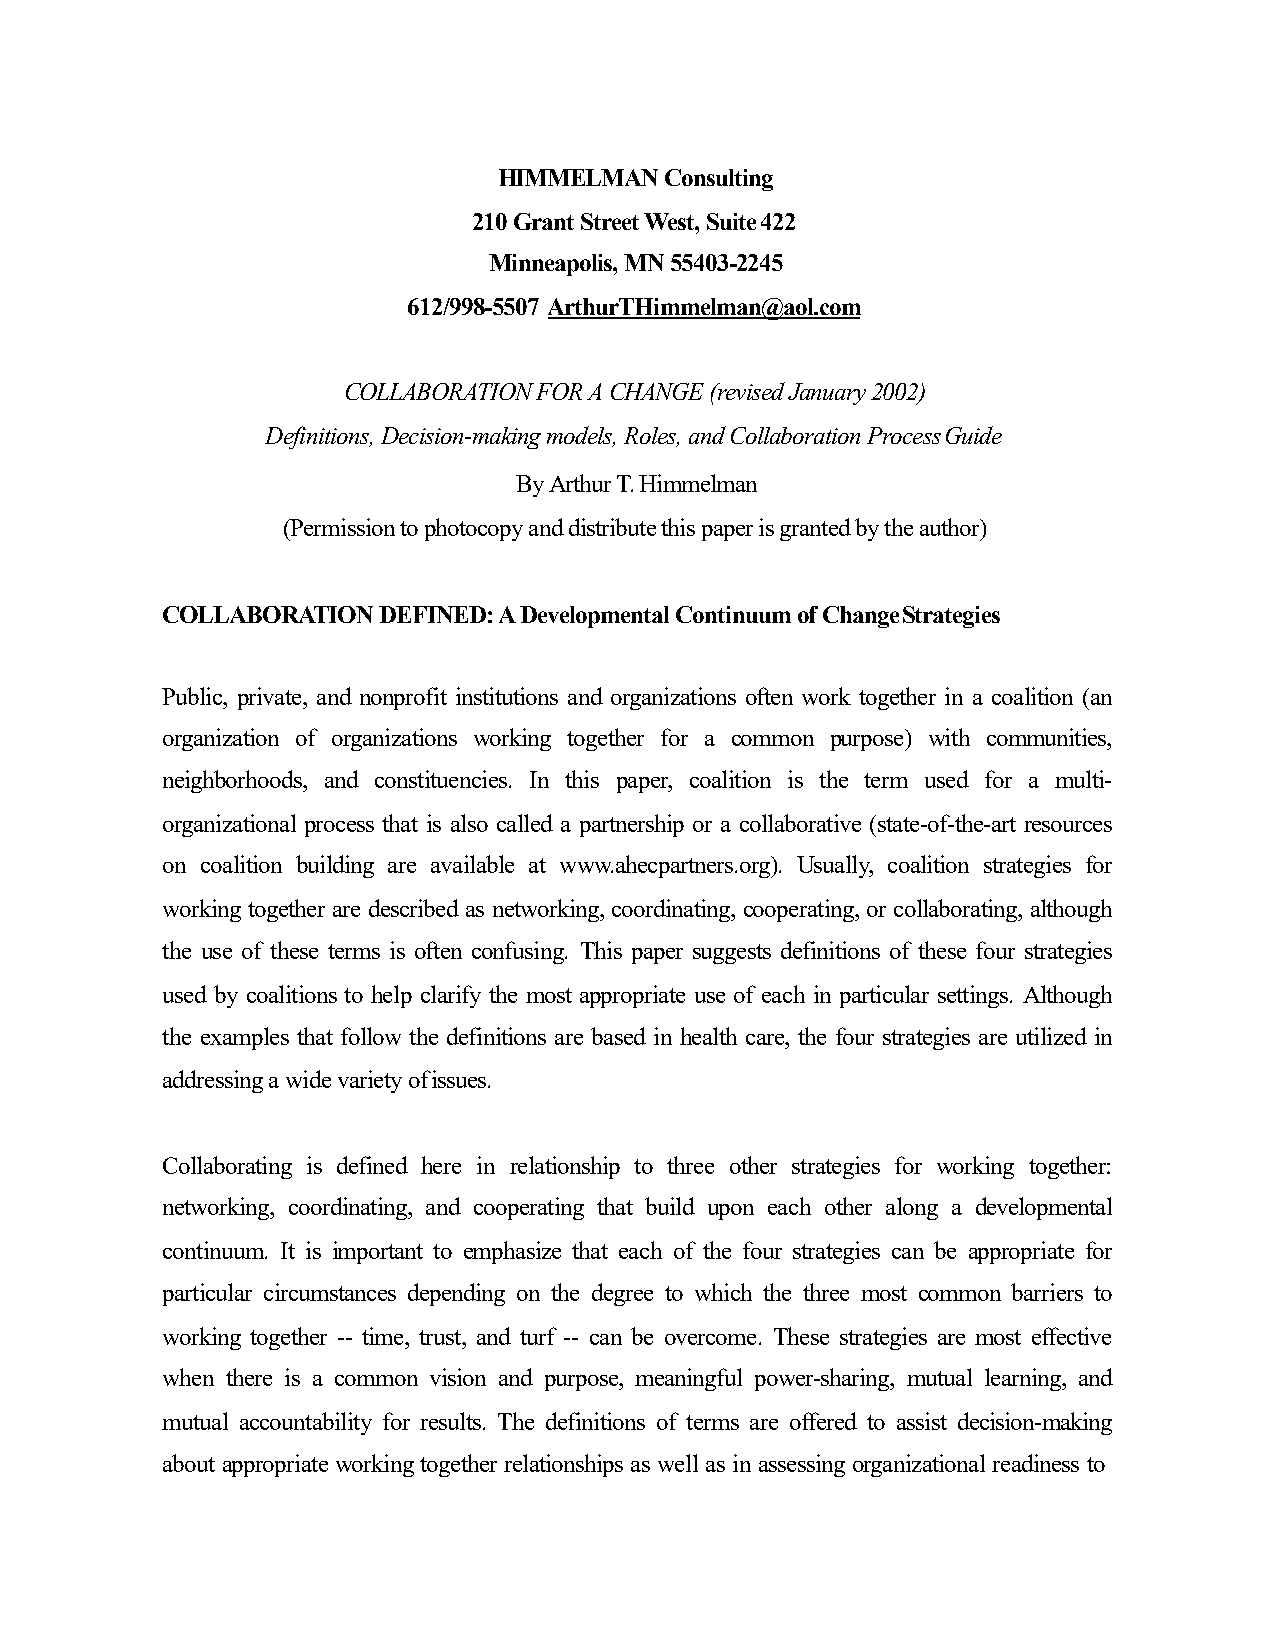
HIMMELMAN  Consulting
 210 Grant Street West, Suite422
 Minneapolis, MN 55403-2245
 612/998-5507 ArthurTHimmelman@aol.com
 COLLABORATION FOR A CHANGE (revised January 2002)
 Definitions, Decision-making models, Roles, and Collaboration ProcessGuide
 By Arthur T.Himmelman
 (Permissiontophotocopyanddistributethispaperisgrantedbytheauthor)
 COLLABORATION DEFINED: A Developmental Continuum of ChangeStrategies
 Public, private, and nonprofit institutions and organizations often work together in a coalition (an
 organization of organizations working together for a common purpose) with communities,
 neighborhoods, and constituencies. In this paper, coalition is the term used for a multi-
 organizational process that is also called a partnership or a collaborative (state-of-the-art resources
 on coalition building are available at www.ahecpartners.org). Usually, coalition strategies for
 working together are described as networking, coordinating, cooperating, or collaborating, although
 the use of these terms is often confusing. This paper suggests definitions of these four strategies
 used by coalitions to help clarify the most appropriate use of each in particular settings. Although
 the examples that follow the definitions are based in health care, the four strategies are utilized in
 addressingawidevarietyofissues.
 Collaborating is defined here in relationship to three other strategies for working together:
 networking, coordinating, and cooperating that build upon each other along a developmental
 continuum. It is important to emphasize that each of the four strategies can be appropriate for
 particular circumstances depending on the degree to which the three most common barriers to
 working together -- time, trust, and turf -- can be overcome. These strategies are most effective
 when there is a common vision and purpose, meaningful power-sharing, mutual learning, and
 mutual accountability for results. The definitions of terms are offered to assist decision-making
 about appropriate working together relationships as well as in assessing organizational readiness to